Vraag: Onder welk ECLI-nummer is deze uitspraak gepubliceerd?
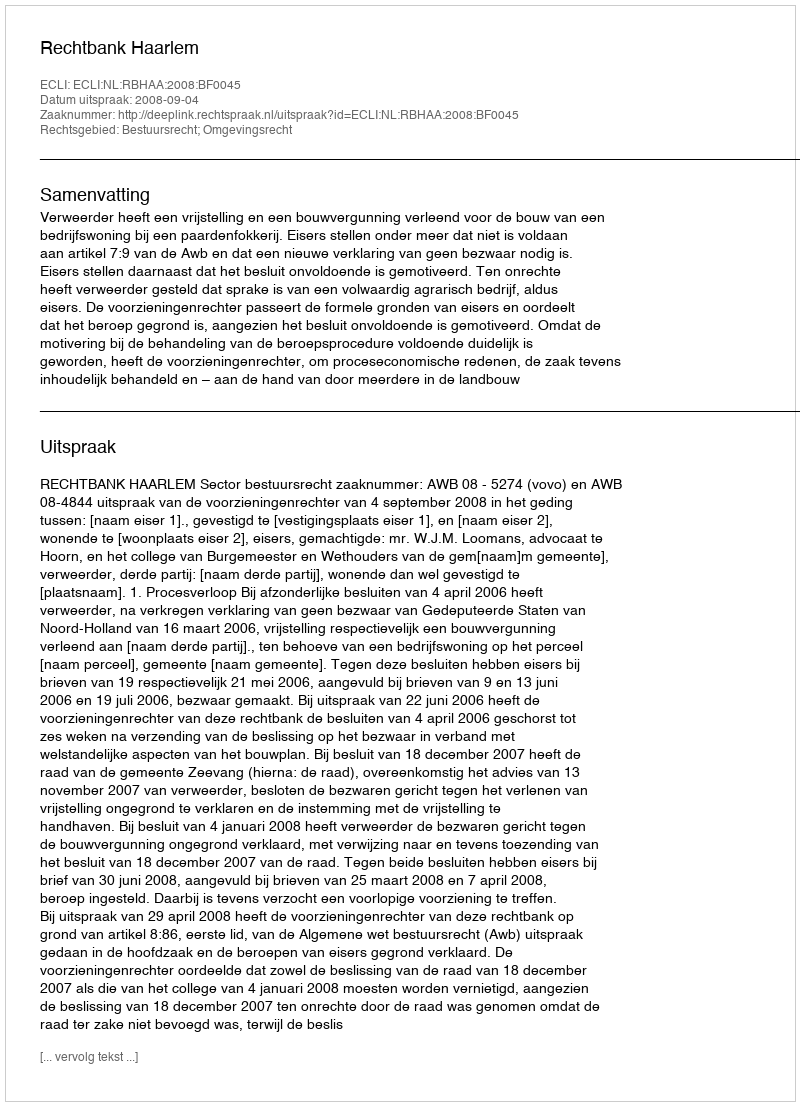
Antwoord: ECLI:NL:RBHAA:2008:BF0045